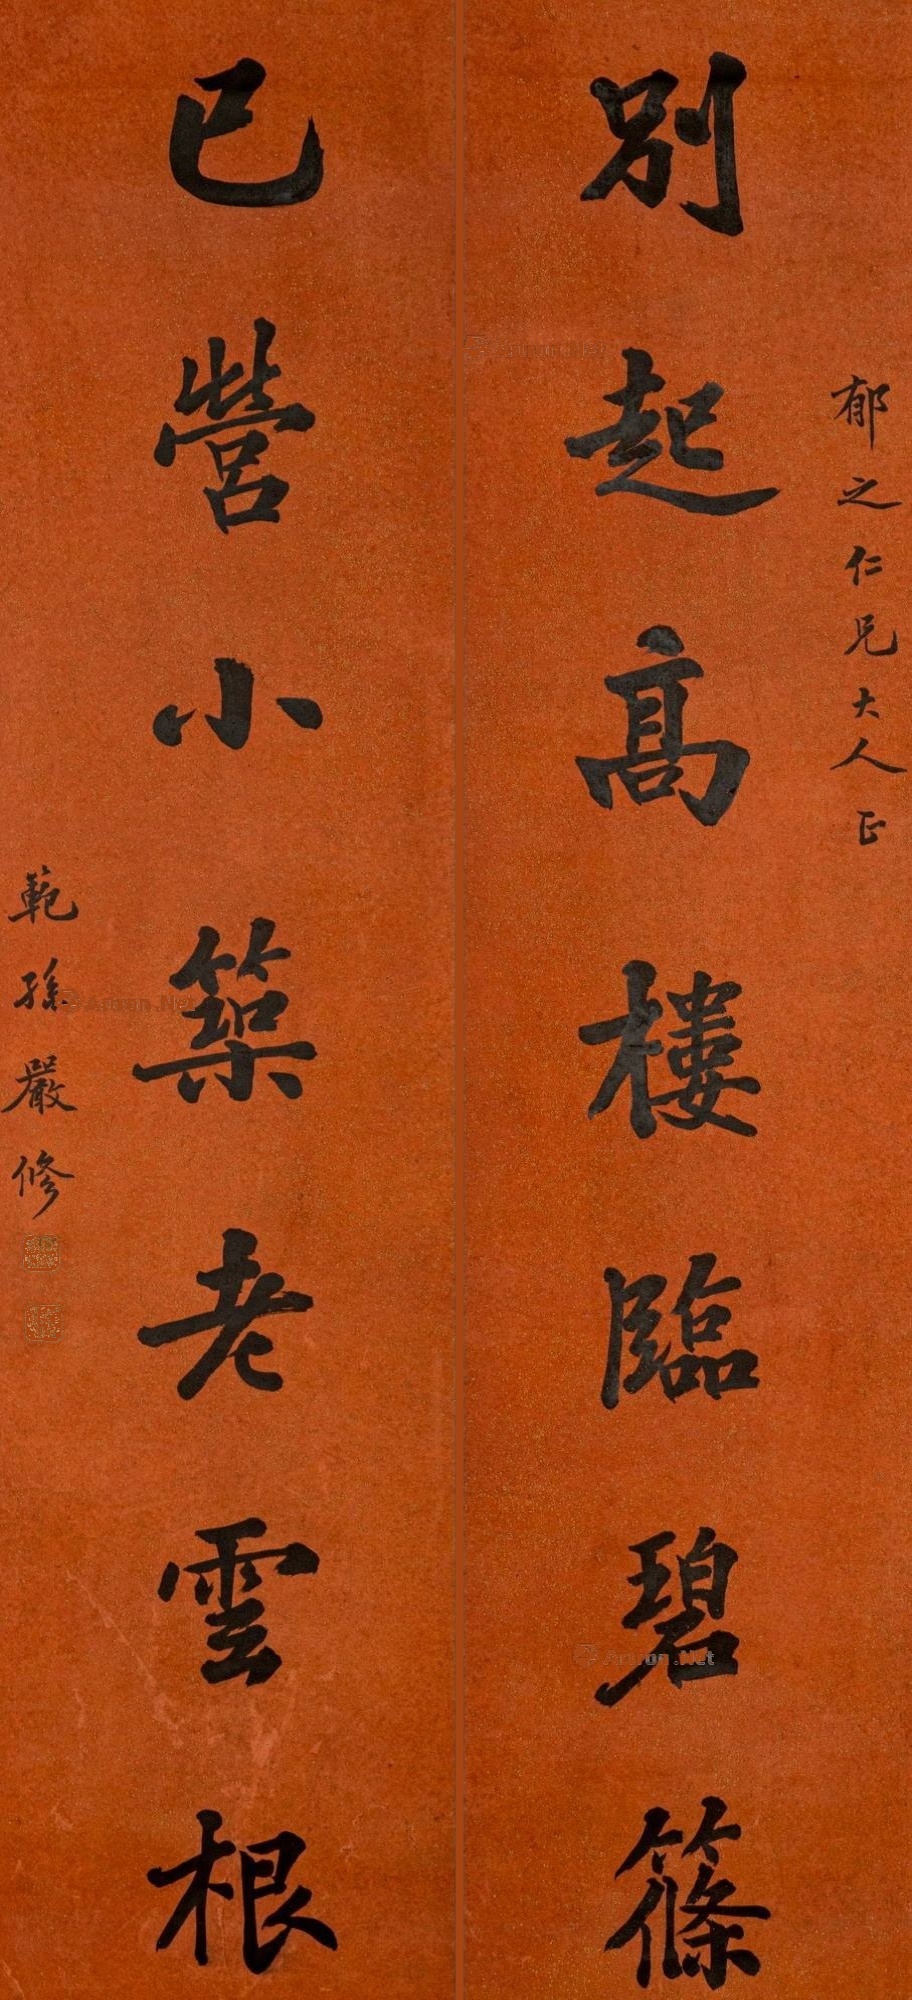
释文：别起高楼临碧筱，已营小筑老云根。郁之仁兄大人正，范孙严修。